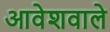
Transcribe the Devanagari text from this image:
आवेशवाले